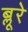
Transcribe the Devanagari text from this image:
ब्लूरे